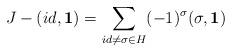
LaTeX: \begin{align*}J-(id,\mathbf{1}) = \sum_{id \neq \sigma \in H} (-1)^{\sigma}(\sigma,\mathbf{1})\end{align*}